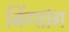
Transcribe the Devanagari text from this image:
जिंग्शांग